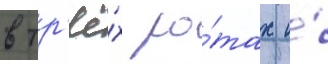
в тр'ё́х ро́тах и́